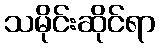
သမိုင်းဆိုင်ရာ